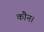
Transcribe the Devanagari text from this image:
कौन।